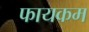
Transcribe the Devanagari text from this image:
फायकम